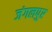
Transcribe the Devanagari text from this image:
जंगलपुर